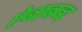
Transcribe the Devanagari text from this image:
ऐनानन्द